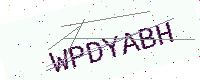
Text: WPDYABH